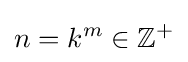
n=k^{m}\in \mathbb {Z} ^{+}